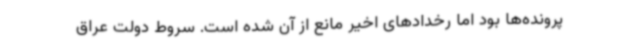
پرونده‌ها بود اما رخدادهای اخیر مانع از آن شده است. سروط دولت عراق